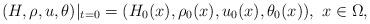
LaTeX: \begin{align*}(H,\rho, u,\theta)|_{t=0}=(H_0(x), \rho_0(x), u_0(x), \theta_0(x)),\ x\in \Omega,\end{align*}